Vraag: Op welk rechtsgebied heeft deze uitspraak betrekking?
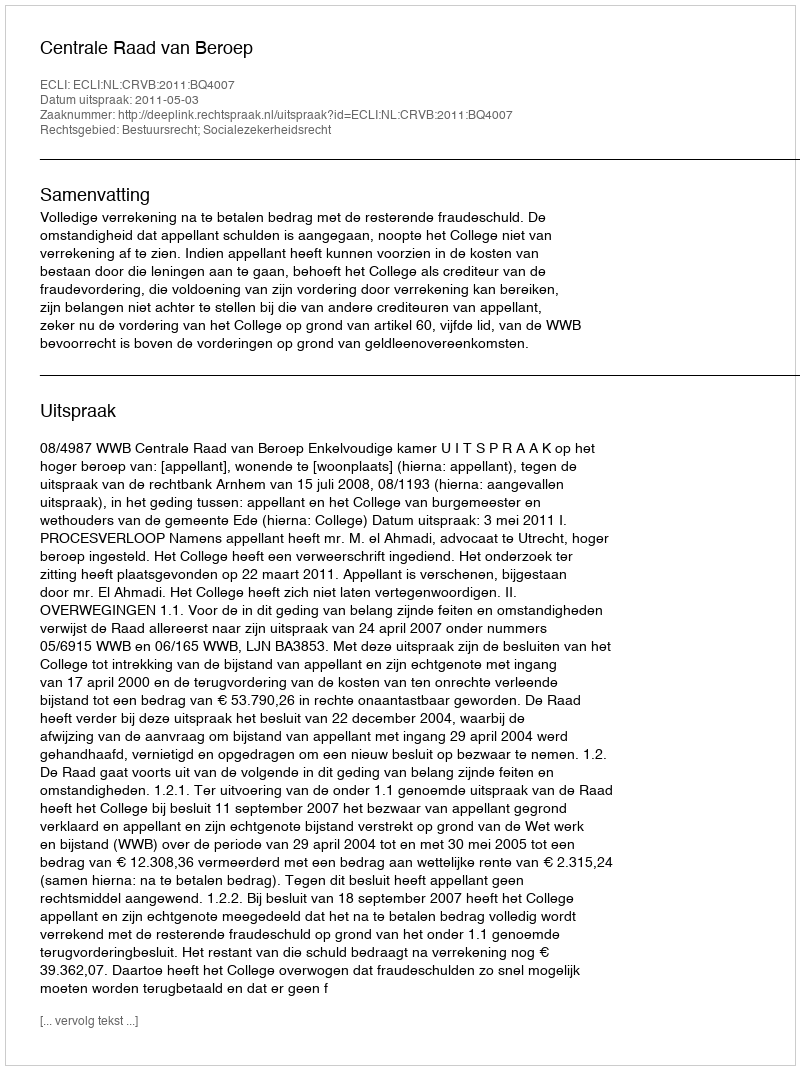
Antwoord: Bestuursrecht; Socialezekerheidsrecht